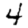
Digit: 4